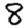
Digit: 8